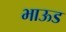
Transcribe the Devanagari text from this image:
भाऊड